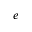
e